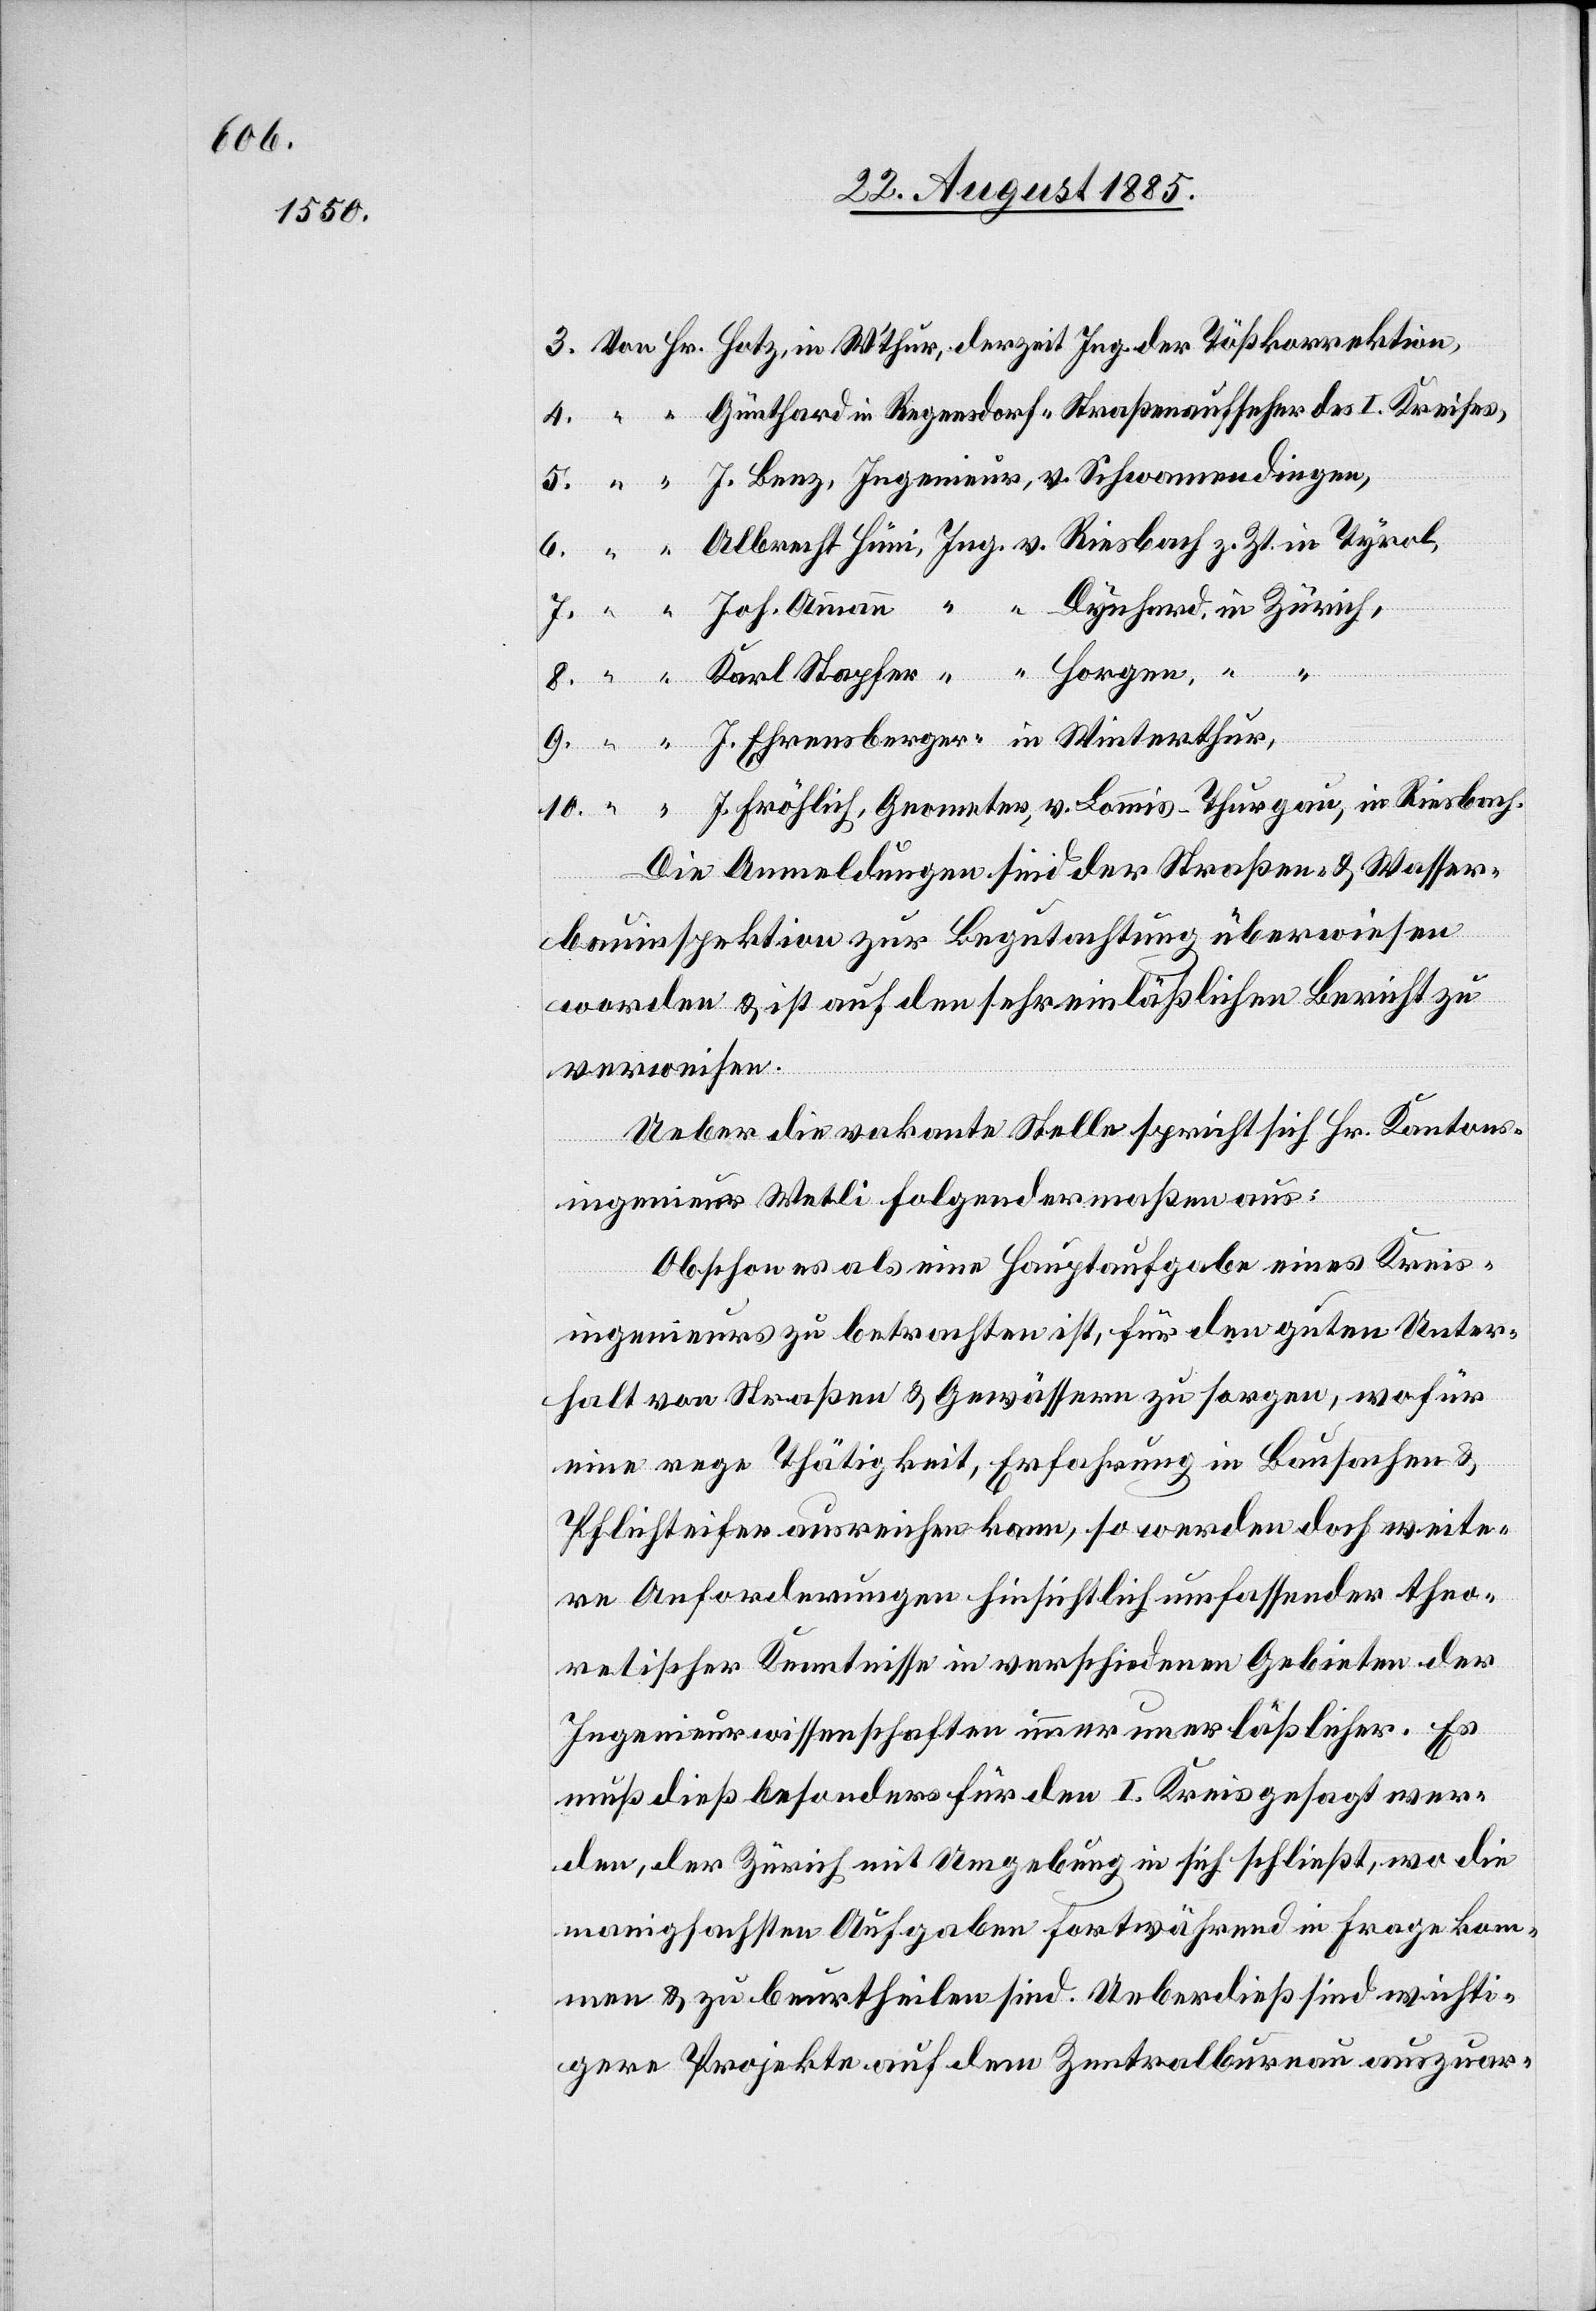
10.

J. Benz, Ingenieur, v. Schwamendingen,
J. Fröhlich, Geometer, v. Lommis - Thurgau, in Riesbach.
Die Anmeldungen sind der Straßen & Wasser¬
bauinspektion zur Begutachtung überwiesen
worden & ist auf den sehr einläßlichen Bericht zu
verweisen.
Ueber die vakante Stelle spricht sich Hr. Kantons¬
Winterthur.
ingenieur Wetli folgendermaßen aus:
Obschon es als eine Hauptaufgabe eines Kreis¬
ingenieurs zu betrachten ist, für den guten Unter¬
halt von Straßen & Gewässern zu sorgen, wofür
eine rege Thätigkeit, Erfahrung in Bausachen &
Pflichteifer ausreichen kann, so werden doch weite¬
re Anforderungen hinsichtlich umfassender theo¬
retischer Kenntnisse in verschiedenen Gebieten der
Ingenieurwissenschaften immer unerläßlicher. Es
muß dieß besonders für den I. Kreis gesagt wer¬
den, der Zürich mit Umgebung in sich schließt, wo die
manigfachsten Aufgaben fortwährend in Frage kom¬
men & zu beurtheilen sind. Ueberdieß sind wichti¬
gere Projekte auf dem Zentralbureau auszuar-